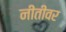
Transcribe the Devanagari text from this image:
नीतीवर